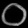
Digit: ၀